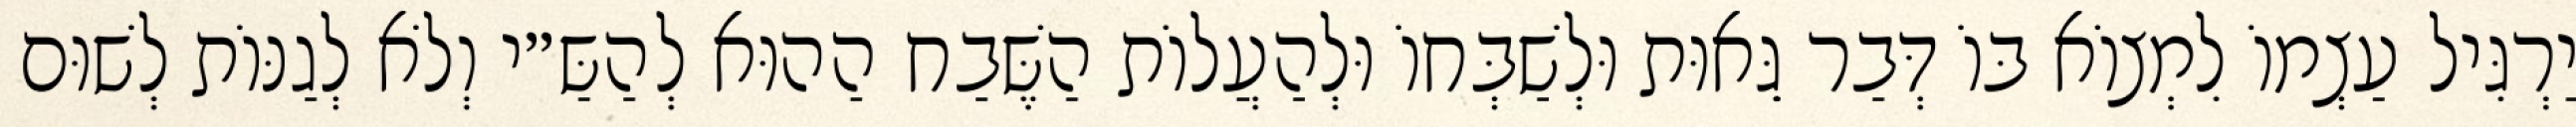
יַרְגִּיל עַצְמוֹ לִמְצוֹא בּוֹ דְּבַר גֵּאוּת וּלְשַׁבְּחוֹ וּלְהַעֲלוֹת הַשֶּׁבַח הַהוּא לְהַשַּ״י וְלֹא לְגַנּוֹת לְשׁוּם